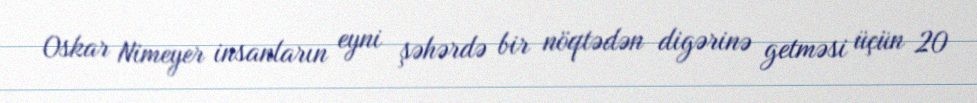
Oskar Nimeyer insanların eyni şəhərdə bir nöqtədən digərinə getməsi üçün 20